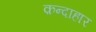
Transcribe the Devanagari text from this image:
क़न्दाहार